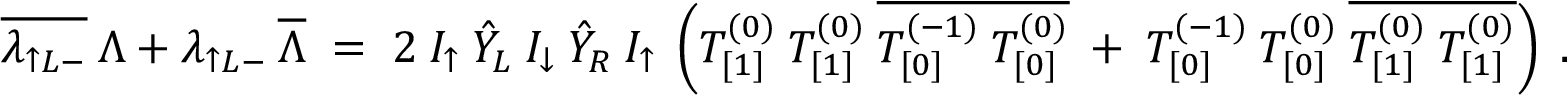
\overline { { { \lambda _ { \uparrow L - } } } } \: \Lambda + \lambda _ { \uparrow L - } \: \overline { { { \Lambda } } } \; = \; 2 \: I _ { \uparrow } \: \hat { Y } _ { L } \: I _ { \downarrow } \: \hat { Y } _ { R } \: I _ { \uparrow } \: \left( T _ { [ 1 ] } ^ { ( 0 ) } \: T _ { [ 1 ] } ^ { ( 0 ) } \: \overline { { { T _ { [ 0 ] } ^ { ( - 1 ) } \: T _ { [ 0 ] } ^ { ( 0 ) } } } } \: + \: T _ { [ 0 ] } ^ { ( - 1 ) } \: T _ { [ 0 ] } ^ { ( 0 ) } \: \overline { { { T _ { [ 1 ] } ^ { ( 0 ) } \: T _ { [ 1 ] } ^ { ( 0 ) } } } } \right) \; .